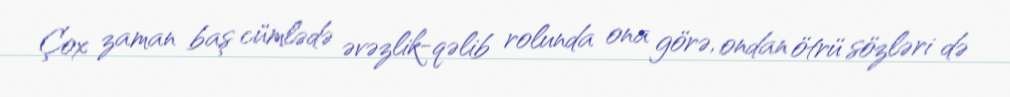
Çox zaman baş cümlədə əvəzlik-qəlib rolunda ona görə, ondan ötrü sözləri də